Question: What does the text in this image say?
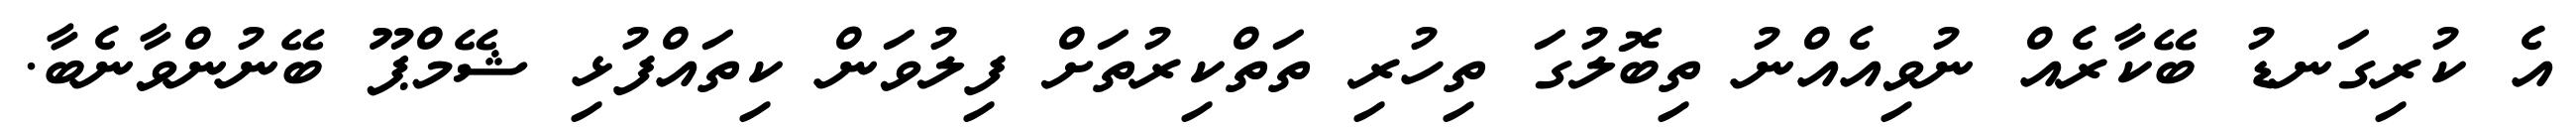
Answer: އެ ކުރިގަނޑު ބޭކާރެއް ނުވިއެއްނު ތިބޮލުގަ ތިހުރި ތަތްކިރުތަށް ފިލުވަން ކިތައްފުޅި ޝޭމްޕޫ ބޭނުންވާނެބާ.